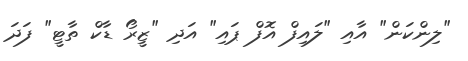
"ލިންކަން" އާއި "ލައިފް އޮފް ޕައި" އަދި "ޒީރޯ ޑާކް ތާޓީ" ފަދަ